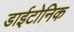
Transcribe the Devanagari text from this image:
डाईटोनिक